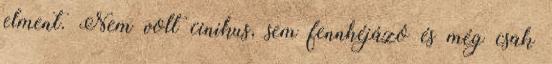
elment. Nem volt cinikus, sem fennhéjázó és még csak